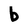
Character: b